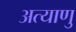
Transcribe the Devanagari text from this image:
अत्याणु